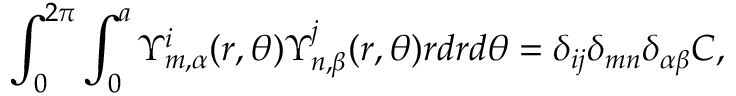
\int _ { 0 } ^ { 2 \pi } \int _ { 0 } ^ { a } \Upsilon _ { m , \alpha } ^ { i } ( r , \theta ) \Upsilon _ { n , \beta } ^ { j } ( r , \theta ) r d r d \theta = \delta _ { i j } \delta _ { m n } \delta _ { \alpha \beta } C ,